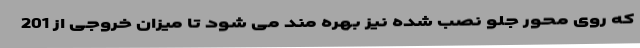
که روی محور جلو نصب شده نیز بهره مند می شود تا میزان خروجی از 201